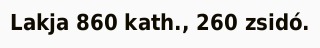
Lakja 860 kath., 260 zsidó.